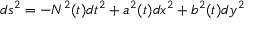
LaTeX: d s ^ { 2 } = - N ^ { 2 } ( t ) d t ^ { 2 } + a ^ { 2 } ( t ) d x ^ { 2 } + b ^ { 2 } ( t ) d y ^ { 2 }